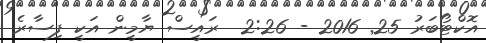
އޮކްޓޯބަރު 25